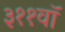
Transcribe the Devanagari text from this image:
३११वॉ